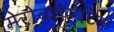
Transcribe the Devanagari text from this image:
मेरोब्लैस्टिक